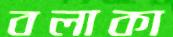
বলাকা